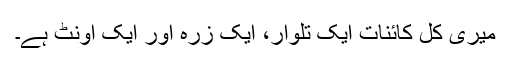
میری کل کائنات ایک تلوار، ایک زرہ اور ایک اونٹ ہے۔